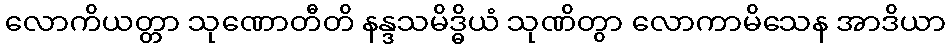
လောကိယတ္တာ သုဏောတီတိ နန္ဒသမိဒ္ဓိယံ သုဏိတွာ လောကာမိသေန အာဒိယာ